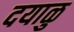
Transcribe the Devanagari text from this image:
दयाळु